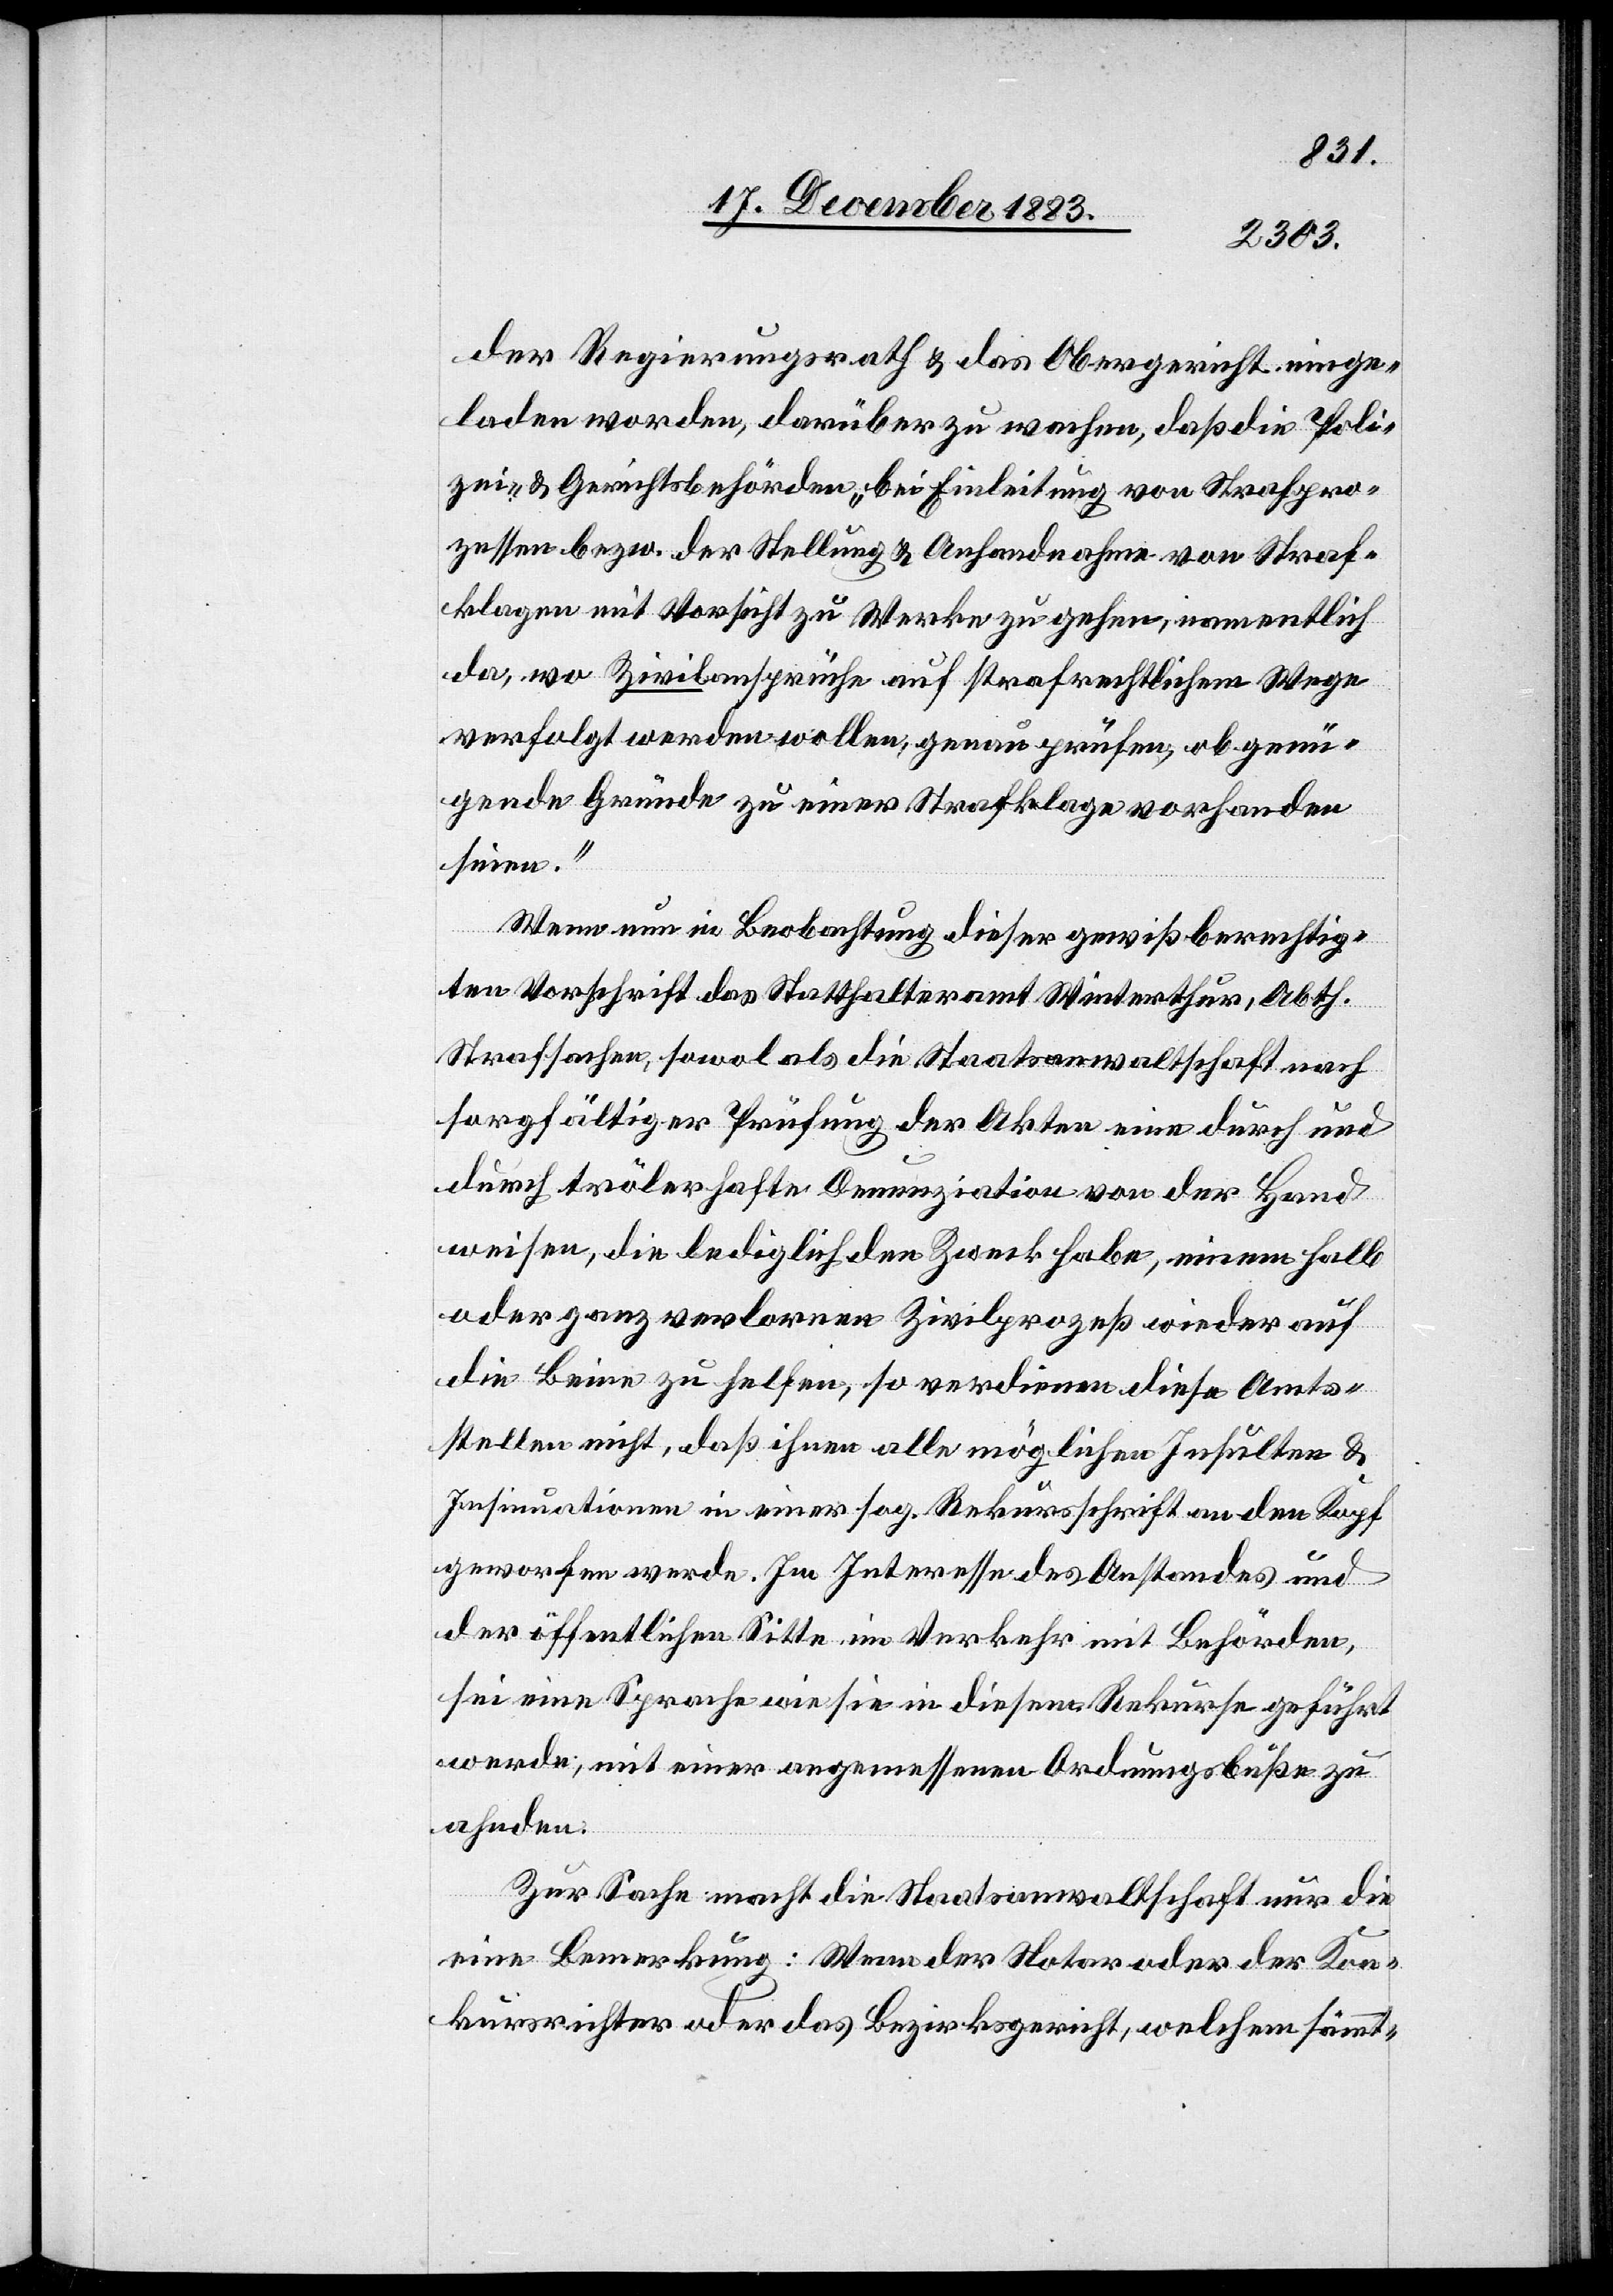
der Regierungsrath & das Obergericht einge¬
laden worden, darüber zu wachen, daß die Poli¬
zei- & Gerichtsbehörden, bei Einleitung von Strafpro¬
zessen bezw. der Stellung & Anhandnahme von Straf¬
klagen mit Vorsicht zu Werke zu gehen, namentlich
da, wo Zivilansprüche auf strafrechtlichem Wege
verfolgt werden wollen, genau prüfen, ob genü¬
gende Gründe zu einer Strafklage vorhanden
seien.“
Wenn nun in Beobachtung dieser gewiß berechtig¬
ten Vorschrift das Statthalteramt Winterthur, Abth.
Strafsachen, sowol als die Staatsanwaltschaft nach
sorgfältiger Prüfung der Akten eine durch und
durch trölerhafte Denunziation von der Hand
weisen, die lediglich den Zweck habe, einem halb
oder ganz verlorenen Zivilprozeß wieder auf
die Beine zu helfen, so verdienen diese Amts¬
stellen nicht, daß ihnen alle möglichen Insulten &
Insinuationen in einer sog. Rekursschrift an den Kopf
geworfen werde. Im Interesse des Anstandes und
der öffentlichen Sitte im Verkehr mit Behörden,
sei eine Sprache wie sie in diesem Rekurse geführt
werde, mit einer angemessenen Ordnungsbuße zu
ahnden.
Zur Sache macht die Staatsanwaltschaft nur die
eine Bemerkung: Wenn der Notar oder der Kon¬
kursrichter oder das Bezirksgericht, welchem sämmt-